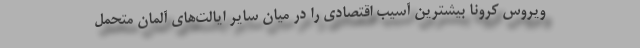
ویروس کرونا بیشترین آسیب اقتصادی را در میان سایر ایالت‌های آلمان متحمل